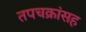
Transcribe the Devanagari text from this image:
तपचक्रांसह